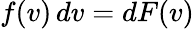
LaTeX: f(v)\, dv=dF(v)